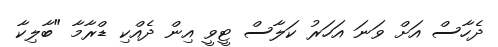
ދެހާސް އަށް ވަނަ އަހަރު ކަލާސް ޓީވީ އިން ދެއްކި ޑްރާމާ "ބާލިކާ